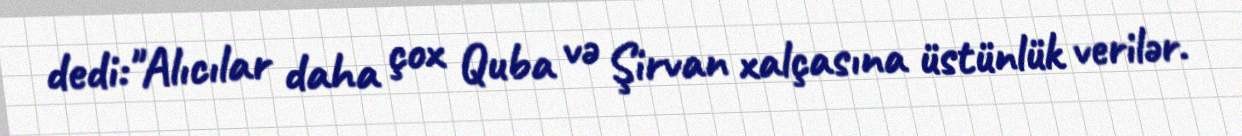
dedi:"Alıcılar daha çox Quba və Şirvan xalçasına üstünlük verilər.